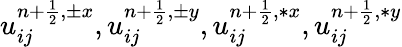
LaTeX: u_{ij}^{{n+\frac{1}{2}},\pm x},u_{ij}^{{n+\frac{1}{2}},\pm y},u_{ij}^{{n+\frac{1}{2}},\ast x},u_{ij}^{{n+\frac{1}{2}},\ast y}